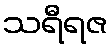
သရီရဇ